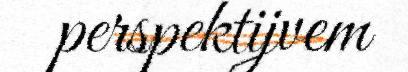
perspektijvem